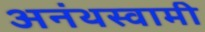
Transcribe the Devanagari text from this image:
अनंथस्वामी